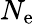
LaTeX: N_{\mathrm{e}}